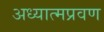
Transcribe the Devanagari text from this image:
अध्यात्मप्रवण